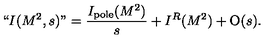
` ` I ( M ^ { 2 } , s ) " = { \frac { I _ { \mathrm { p o l e } } ( M ^ { 2 } ) } { s } } + I ^ { R } ( M ^ { 2 } ) + { \mathrm { O } } ( s ) .